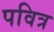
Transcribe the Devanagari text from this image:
पवित्र